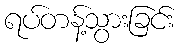
ရပ်တန့်သွားခြင်း